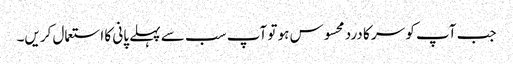
جب آپ کو سر کا درد محسوس ہو تو آپ سب سے پہلے پانی کا استعمال کریں۔